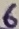
Text: 6